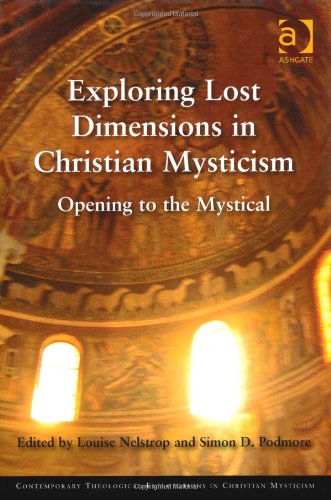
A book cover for Exploring Lost Dimensions in Christian Mysticism: Opening to the Mystical (Contemporary Theological Explorations in Christian Mysticism); Louise Nelstrop; Christian Books & Bibles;